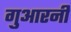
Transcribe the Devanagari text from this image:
गुआरनी